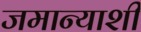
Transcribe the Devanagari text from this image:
जमान्याशी